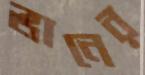
ভানের